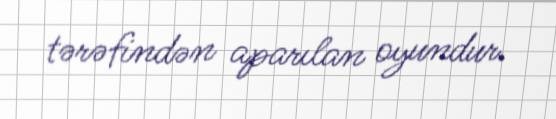
tərəfindən aparılan oyundur.